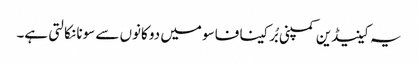
یہ کینیڈین کمپنی بُرکینا فاسو میں دو کانوں سے سونا نکالتی ہے۔